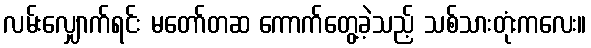
လမ်းလျှောက်ရင်း မတော်တဆ ကောက်တွေ့ခဲ့သည့် သစ်သားတုံးကလေး။